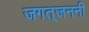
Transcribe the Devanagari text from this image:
जगत्‌जननी